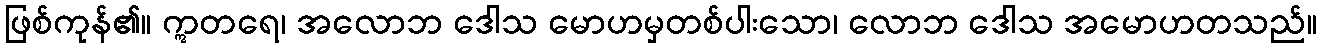
ဖြစ်ကုန်၏။ ဣတရေ၊ အလောဘ ဒေါသ မောဟမှတစ်ပါးသော၊ လောဘ ဒေါသ အမောဟတသည်။